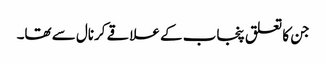
جن کا تعلق پنجاب کے علاقے کرنال سے تھا۔